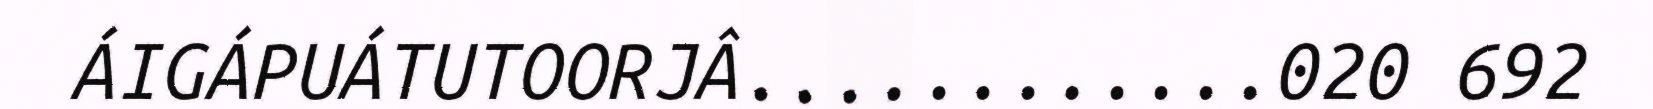
ÁIGÁPUÁTUTOORJÂ............020 692